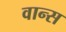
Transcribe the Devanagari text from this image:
वान्स